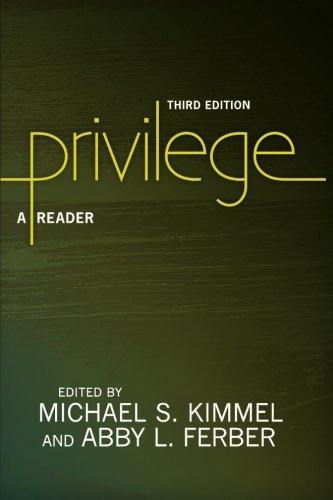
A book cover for Privilege: A Reader; Michael S. Kimmel; Politics & Social Sciences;